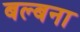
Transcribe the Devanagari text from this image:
बल्बना